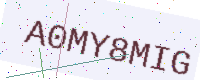
Text: A0MY8MIG